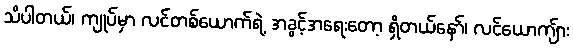
သိပါတယ်၊ ကျုပ်မှာ လင်တစ်ယောက်ရဲ့ အခွင့်အရေးတော့ ရှိတယ်နော်၊ လင်ယောကျ်ား